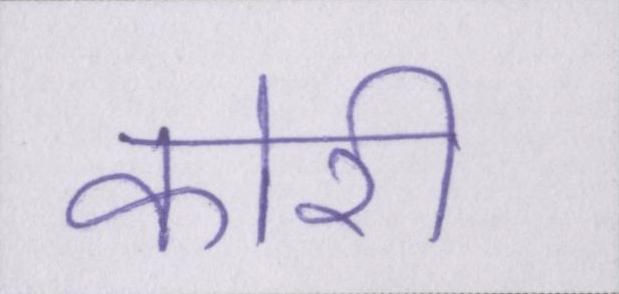
कोरी